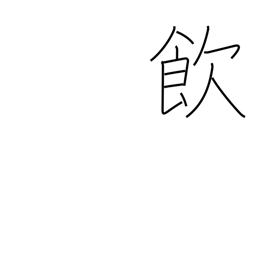
Meaning: take